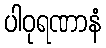
ပါဝုရဏာနံ